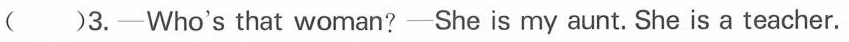
()3.-Who's that woman? -She is my aunt.She is a teacher.